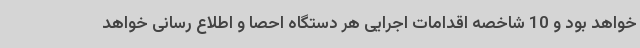
خواهد بود و 10 شاخصه اقدامات اجرایی هر دستگاه احصا و اطلاع رسانی خواهد